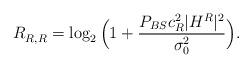
LaTeX: \begin{align*} R^{}_{R,R} = \log_2\Big(1+ \frac{P_{BS}c^2_R|H^R|^2}{\sigma^2_0}\Big).\end{align*}